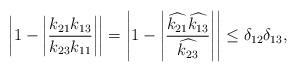
LaTeX: \begin{align*}\left\vert 1-\left\vert \frac{k_{21}k_{13}}{k_{23}k_{11}}\right\vert\right\vert =\left\vert 1-\left\vert \frac{\widehat{k_{21}}\widehat{k_{13}}}{\widehat{k_{23}}}\right\vert \right\vert \leq\delta_{12}\delta_{13},\end{align*}